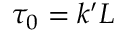
\tau _ { 0 } = k ^ { \prime } L